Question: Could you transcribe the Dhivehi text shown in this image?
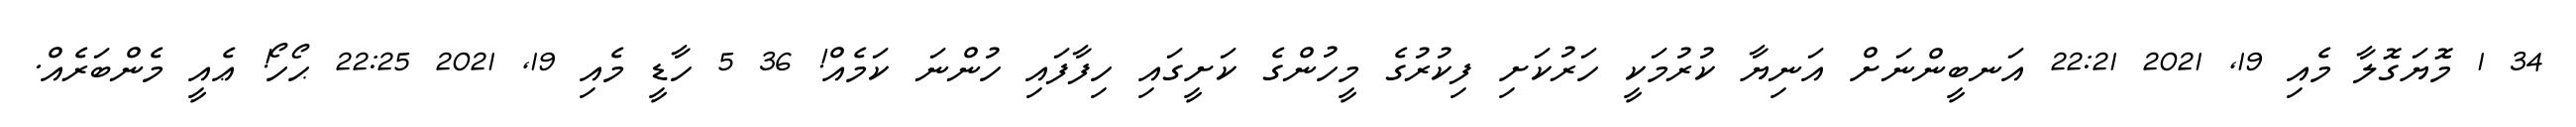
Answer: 34 1 މޮޔަގޮލާ މެއި 19, 2021 22:21 އަނބީންނަށް އަނިޔާ ކުރުމަކީ ހަރުކަށި ފިކުރުގެ މީހުންގެ ކަށީގައި ހިފާފައި ހުންނަ ކަމެއް! 36 5 ހާޑީ މެއި 19, 2021 22:25 ޙޯހޯ! ޢެއީ މެންބަރެއް.